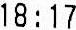
18:17